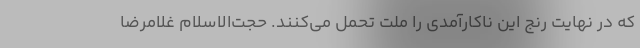
که در نهایت رنج این ناکارآمدی را ملت تحمل می‌کنند. حجت‌الاسلام غلامرضا